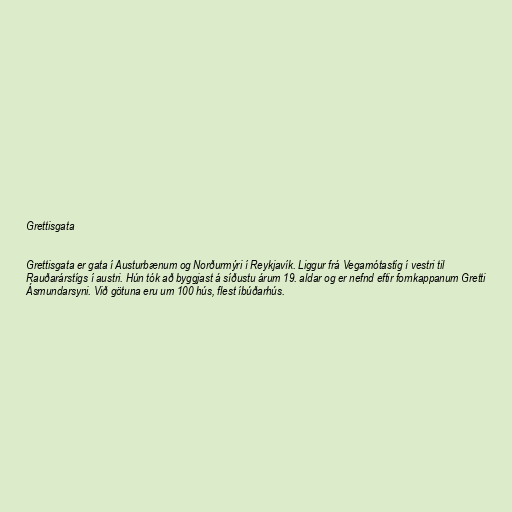
Grettisgata

Grettisgata er gata í Austurbænum og Norðurmýri í Reykjavík. Liggur frá Vegamótastíg í vestri til
Rauðarárstígs í austri. Hún tók að byggjast á síðustu árum 19. aldar og er nefnd eftir fornkappanum Gretti
Ásmundarsyni. Við götuna eru um 100 hús, flest íbúðarhús.